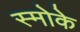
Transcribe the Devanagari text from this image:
स्मोके